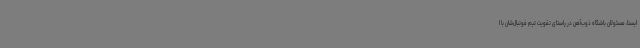
ایسنا، مسئولان باشگاه ذوب‌آهن در راستای تقویت تیم فوتبال‌شان با ا